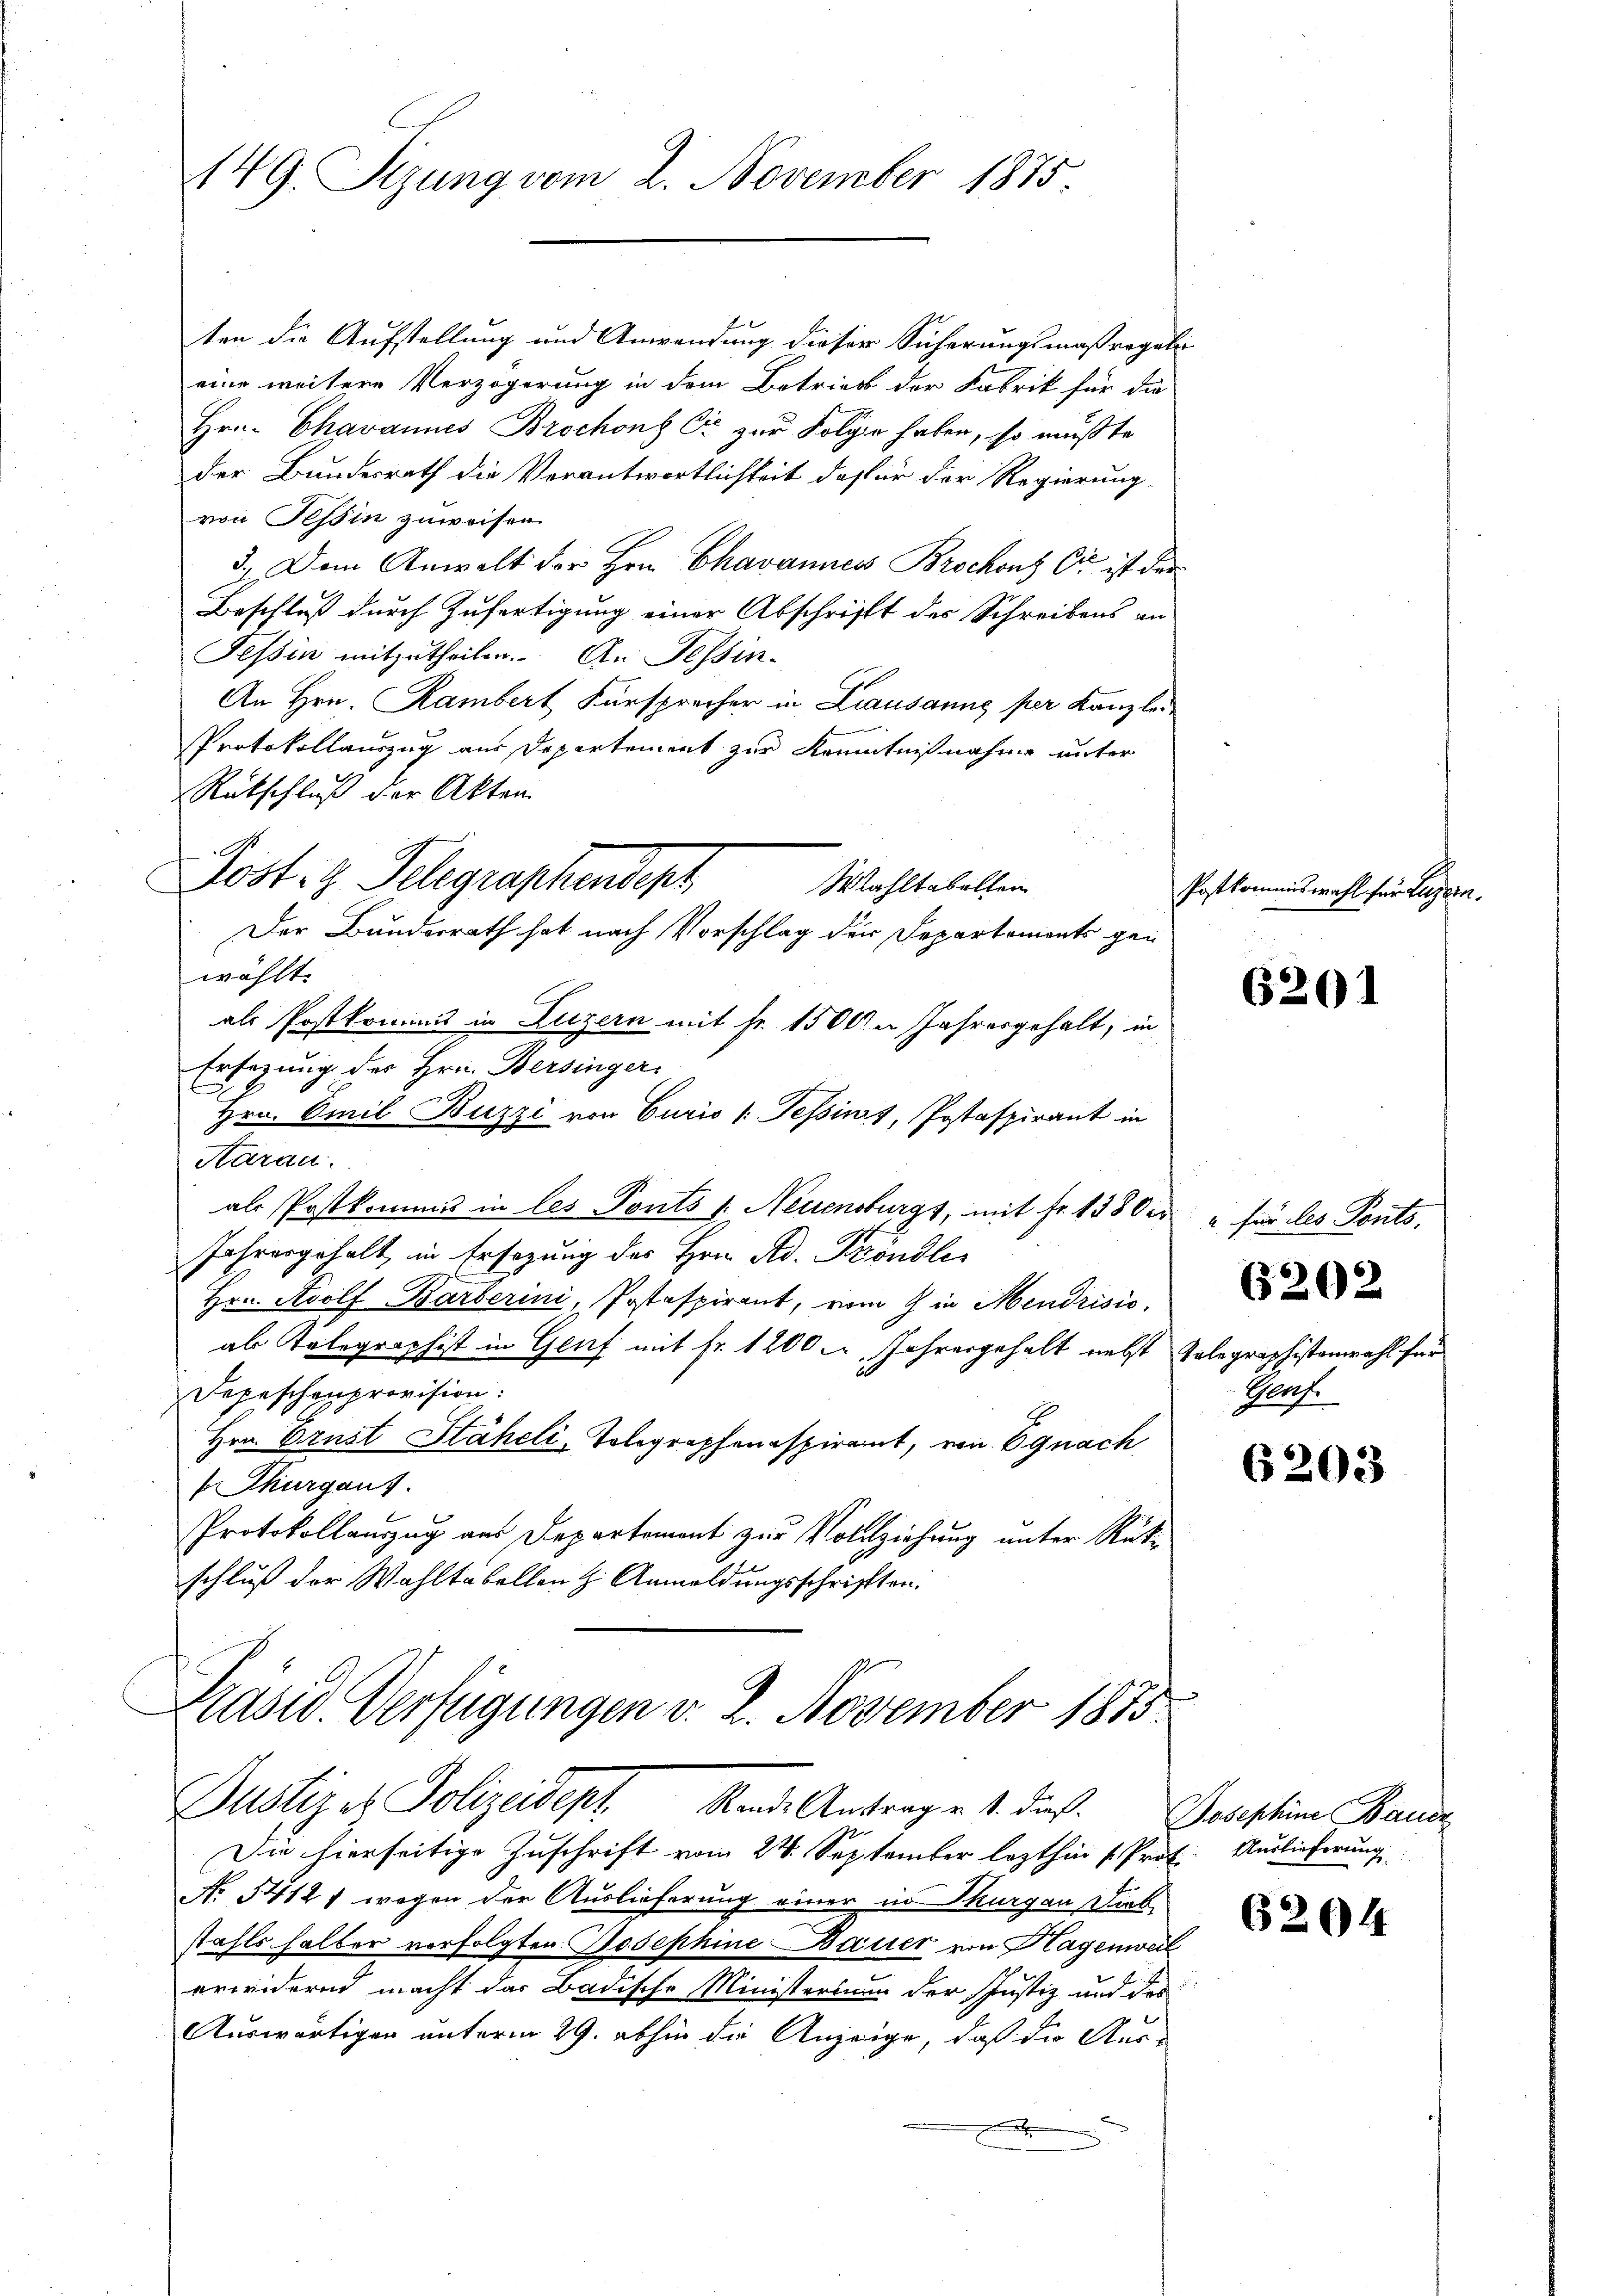
149. Sizung vom 2. November 1875

ten die Aufstellung und Anwendung dieser Sicherungsmaßregel
eine weitere Verzögerung in dem Betrieb der Fabrik für die
Hrn. Chavannes Brochon er zur Folgen haben, so mußte
der Bundesrath die Verantwortlichkeit dafür der Regierung
von Tessin zuweisen.
3.) Dem Anwalt der Hrn. Chavannes Brochens Ott ist der
Beschluß durch Zufertigung einer Abschrifft des Schreibens an
Tessin mitzutheilen. An Tessin¬
An Hrn. Rambert Fürsprecher in Lausanne per Kanzlei
Protokollauszug aus Departement zur Kenntnißnahme unter
Rückschluß der Akten
Der Bunderrath hat nach Vorschlag der Departements gen
wählt.
als Postkommis in Luzern mit Fr. 1500 n Jahresgehalt, in
Ersezung des Hrn. Bersinger
Hrn. Emil Buzzi von Curio (Tessines, Postaspirant in
Aarau
als Postkommis in les Ponts s. Neuenburgs, mit Fr. 138 der u. für des Ponto-
Jahrengehalt in Ersezung des Hrn. Ad. Fröndli
Hrn. Adolf Barberini, Postaspirant, vom 9 in Mendrisic
ab Kolegraphist in Genf mit Fr. 1200 M, Jahresgehalt nebst Telegraphistenwahl für
Depeschenprovision:
Hrn. Ernst Stäheli-Telegraphenaspiramt, von Egnach
 Thurgaus
Protokollauszug aus Departement zur Vollziehung unter Rükschluß der Wahltabellen z. Anmeldungsschriften.
Präsid. Verfügungen v. 2. November 1875.

Postis Telegraphendept

Wahltabellen

Justiz er Polizeidept. Kinde Antrage 4. dieß. Joseption Baus

Die hierseitige Zuschrift vom 24. September lezthin u. Prof. Auslieferung
No 5412, wogen der Auslieferung einer in Thurgau, Diebstahls halter verfolgten Josephine Dauer von Hagenweil
erwidernd macht das Badische Ministerium der Justiz und des
Auswärtigen unterm 29. abhin die Anzeige, daß die Aus-

Postkommiswahl für Luzern.

.

6201

6202

Genf

6203

6204